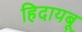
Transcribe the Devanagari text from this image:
हिदायबू